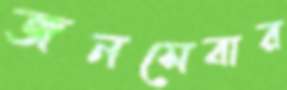
জনসেবার